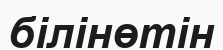
білінөтін